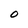
Character: O